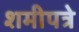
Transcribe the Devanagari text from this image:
शमीपत्रे